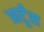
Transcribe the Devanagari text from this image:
आर्टूंस